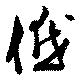
低